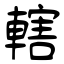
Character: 轄